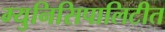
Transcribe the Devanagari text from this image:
म्युनिसिपालिटीत